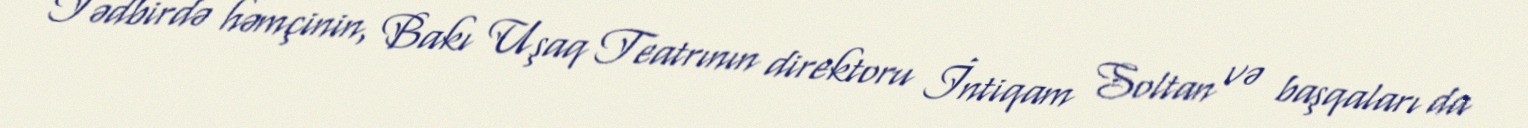
Tədbirdə həmçinin, Bakı Uşaq Teatrının direktoru İntiqam Soltan və başqaları da